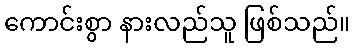
ကောင်းစွာ နားလည်သူ ဖြစ်သည်။